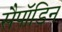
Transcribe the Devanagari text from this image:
सैपॉडिन